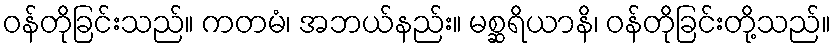
ဝန်တိုခြင်းသည်။ ကတမံ၊ အဘယ်နည်း။ မစ္ဆရိယာနိ၊ ဝန်တိုခြင်းတို့သည်။